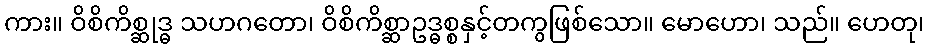
ကား။ ဝိစိကိစ္ဆုဒ္ဓ သဟဂတော၊ ဝိစိကိစ္ဆာဥဒ္ဓစ္စနှင့်တကွဖြစ်သော။ မောဟော၊ သည်။ ဟေတု၊